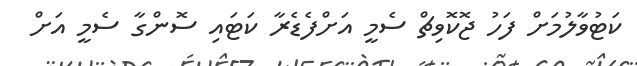
ކަޓުުވާލުމަށް ފަހު ޖޮކޮވިޗް ސެމީ އަށްފެޑެރާ ކަޓައި ސޮންގާ ސެމީ އަށް